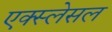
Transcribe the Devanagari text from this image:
एक्स्लेसल